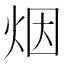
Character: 烟